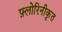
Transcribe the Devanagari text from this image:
फ़्लोरिनीकृत